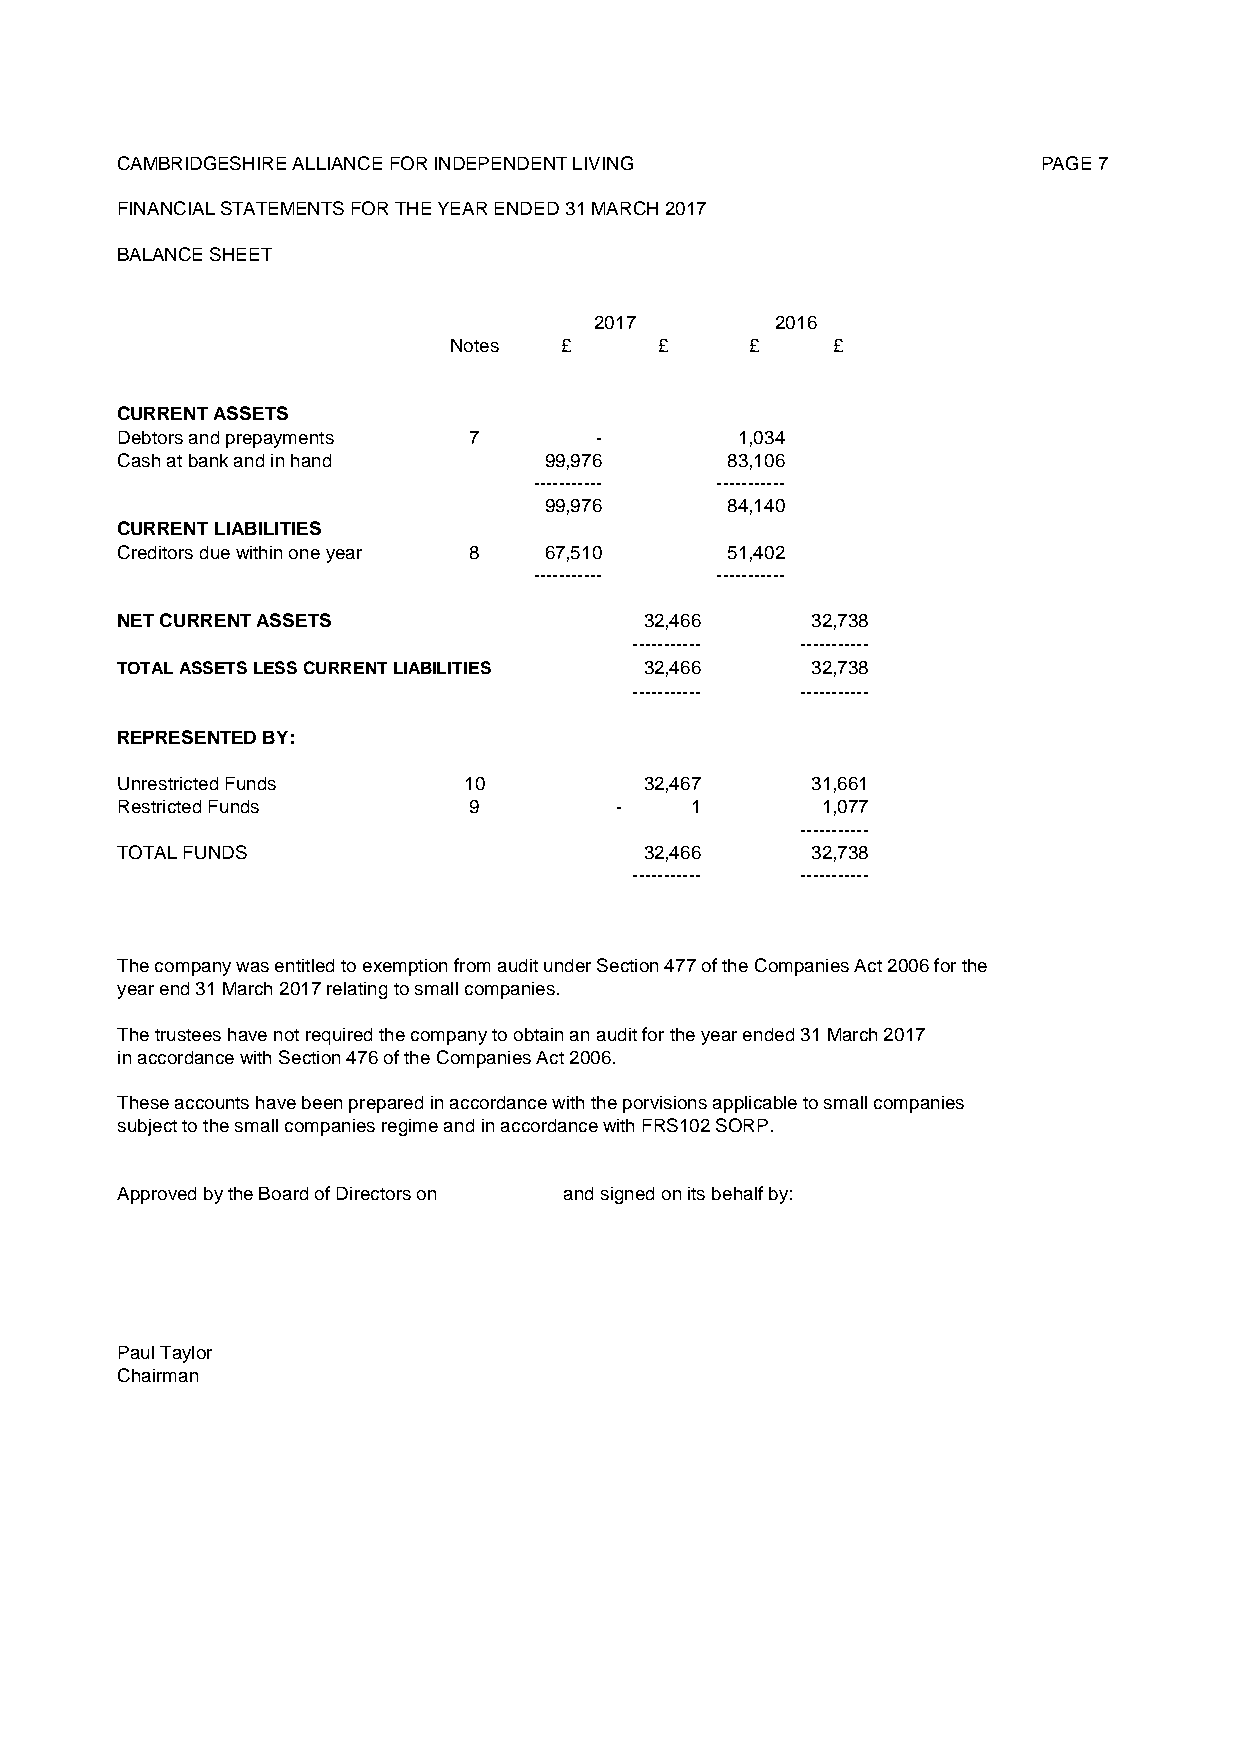
CAMBRIDGESHIRE ALLIANCE FOR INDEPENDENT LIVING               PAGE 7
 FINANCIAL STATEMENTS FOR THE YEAR ENDED 31 MARCH 2017
 BALANCE SHEET
 2017        2016
 Notes  £      £     £    £
 CURRENT ASSETS
 Debtors and prepayments 7      -         1,034
 Cash at bank and in hand    99,976      83,106
 ----------- -----------
 99,976      84,140
 CURRENT LIABILITIES
 Creditors due within one year 8 67,510  51,402
 ----------- -----------
 NET CURRENT ASSETS                 3 2,466    32,738
 ----------- -----------
 TOTAL ASSETS LESS CURRENT LIABILITIES 3 2,466 32,738
 ----------- -----------
 REPRESENTED BY:
 Unrestricted Funds     10          3 2,467    31,661
 Restricted Funds       9         -    1       1,077
 -----------
 TOTAL FUNDS                        3 2,466    32,738
 ----------- -----------
 The company was entitled to exemption from audit under Section 477 of the Companies Act 2006 for the
 year end 31 March 2017 relating to small companies.
 The trustees have not required the company to obtain an audit for the year ended 31 March 2017
 in accordance with Section 476 of the Companies Act 2006.
 These accounts have been prepared in accordance with the porvisions applicable to small companies
 subject to the small companies regime and in accordance with FRS102 SORP.
 Approved by the Board of Directors on and signed on its behalf by:
 Paul Taylor
 Chairman